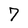
Character: 7